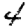
Digit: 4